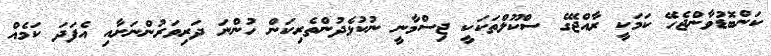
ކަންބޮޑުވާންޖެހޭ ކަމަކީ ރާއްޖޭގެ ސްކޫލްތަކަކީ ޖިސްމާނީ ނުކުޅެދުންތެރިކަން ހުންނަ ދަރިވަރުންނަށާއި އެފަދަ ކަމެއް